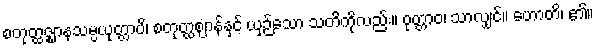
စတုတ္ထဇ္ဈာနသမ္ပယုတ္တာပိ၊ စတုတ္ထဈာန်နှင့် ယှဉ်သော သတိကိုလည်း။ ဝုတ္တာဝ၊ သာလျှင်။ ဟောတိ၊ ၏။